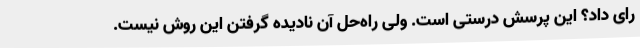
رای داد؟ این پرسش درستی است. ولی راه‌حل آن نادیده گرفتن این روش نیست.